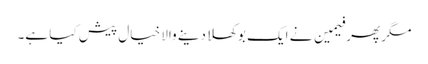
مگر پھر فیمین نے ایک بوکھلا دینے والا خیال پیش کیا ہے۔